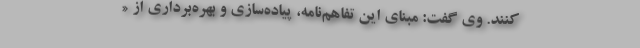
کنند. وی گفت: مبنای این تفاهم‌نامه، پیاده‌سازی و بهره‌برداری از «